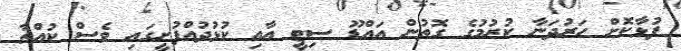
ފުޅާކޮށް ހަރުދަނާ ކުރުމުގެ ގޮތުން އައްޑޫ ސިޓީ އާއި ކުޅުދުއްފުށީގައި ވެސް ކުއްތާ